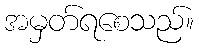
အမှတ်ရစေသည်။